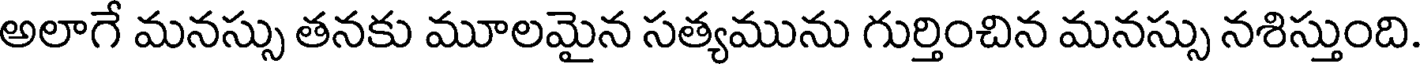
అలాగే మనస్సు తనకు మూలమైన సత్యమును గుర్తించిన మనస్సు నశిస్తుంది